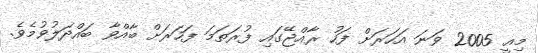
މިއީ 2005 ވަނަ އަހަރަށް ފަހު ރާއްޖޭގައި ފުރަތަމަ ފަހަރަށް ބާއްވާ ބައްދަލުވުމެވެ.